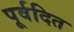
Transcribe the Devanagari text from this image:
पूर्वदित